Vaccination in Bombay 1924-1928 - 1924-1928
Year: 1924
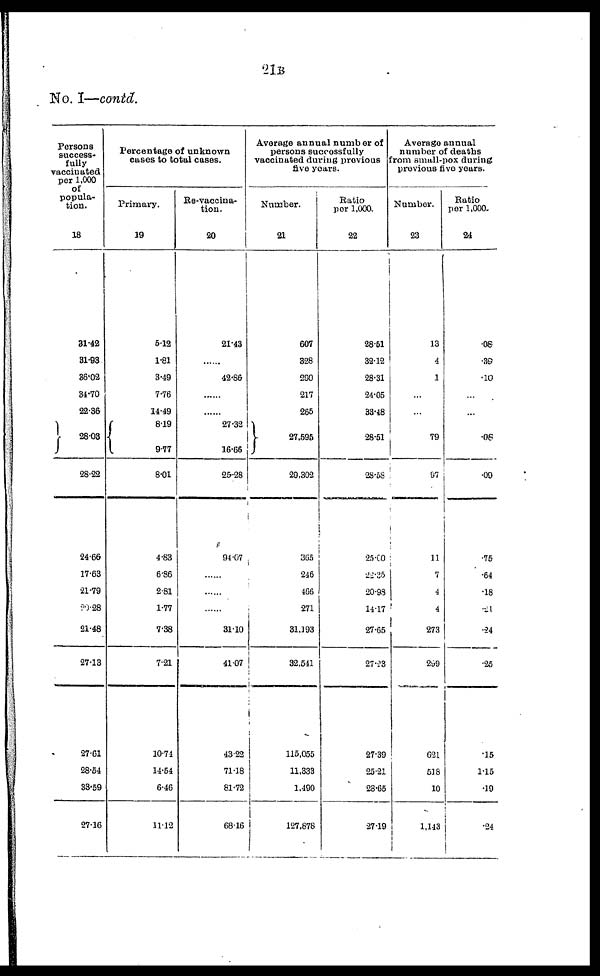
21B
No. I—contd.
Persons
success-
fully
vaccinated
per 1,000
of
popula-
tion.
18
31.42
31.93
36.02
34.70
22.36
28.03
28.22
24.66
17.63
21.79
20.28
21.48
27.13
27.61
28.54
33.59
27.16
Percentage of unknown
cases to total cases.
Primary.
19
5.12
1.81
3.49
7.76
14.49
8.19
9.77
8.01
4.83
6.86
2.81
1.77
7.38
7.21
10.74
14.54
6.46
11.12
Re-vaccina-
tion.
20
21.43
......
42.86
......
......
27.32
16.66
25.28
94.07
......
......
......
31.10
41.07
43.22
71.18
81.72
68.16
Average annual number of
persons successfully
vaccinated during previous
five years.
Number.
21
607
328
290
217
265
27,596
29,302
365
246
466
271
31,193
32,541
115,055
11,333
1,490
127,878
Ratio
per 1,000.
22
28.51
32.12
28.31
24.05
33.48
28.51
28.58
25.00
22.35
20.93
14.17
27.65
27.23
27.39
25.21
28.65
27.19
Average annual
number of deaths
from small-pox during
previous five years.
Number.
23
13
4
1
......
......
79
97
11
7
4
4
273
299
621
518
10
1,143
Ratio
per 1,000.
24
.08
.39
.10
......
......
.08
.09
.75
.64
.18
.21
.24
.25
.15
1.15
.19
.24